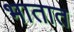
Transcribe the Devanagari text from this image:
भातात